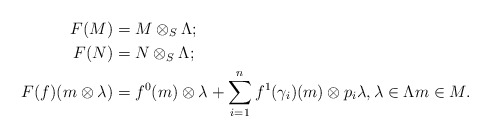
\begin{align*}F(M) &= M \otimes_S \Lambda;\\F(N) &= N \otimes_S \Lambda;\\F(f)(m \otimes \lambda) &= f^0(m)\otimes \lambda+ \sum_{i=1}^{n}f^1(\gamma _{i})(m) \otimes p_i \lambda, \lambda \in \Lambda m\in M.\end{align*}